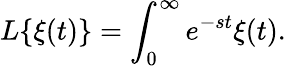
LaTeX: L\{ \xi(t)\} =\int_{0}^{\infty}e^{-st}\xi(t).